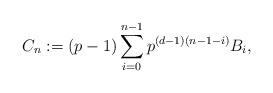
LaTeX: \begin{align*} C_n:=(p-1)\sum_{i=0}^{n-1} p^{(d-1)(n-1-i)} B_i,\end{align*}